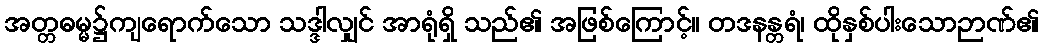
အတ္တဓမ္မ၌ကျရောက်သော သဒ္ဒါလျှင် အာရုံရှိ သည်၏ အဖြစ်ကြောင့်။ တဒနန္တရံ၊ ထိုနှစ်ပါးသောဉာဏ်၏